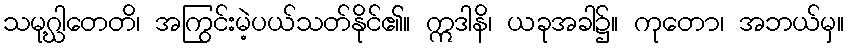
သမုဂ္ဃါတေတိ၊ အကြွင်းမဲ့ပယ်သတ်နိုင်၏။ ဣဒါနိ၊ ယခုအခါ၌။ ကုတော၊ အဘယ်မှ။